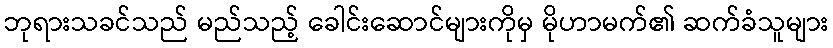
ဘုရားသခင်သည် မည်သည့် ခေါင်းဆောင်များကိုမှ မိုဟာမက်၏ ဆက်ခံသူများ